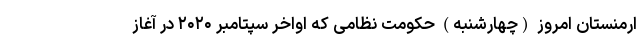
ارمنستان امروز (چهارشنبه) حکومت نظامی که اواخر سپتامبر ۲۰۲۰ در آغاز